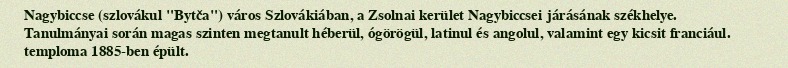
Nagybiccse (szlovákul "Bytča") város Szlovákiában, a Zsolnai kerület Nagybiccsei járásának székhelye. Tanulmányai során magas szinten megtanult héberül, ógörögül, latinul és angolul, valamint egy kicsit franciául. temploma 1885-ben épült.